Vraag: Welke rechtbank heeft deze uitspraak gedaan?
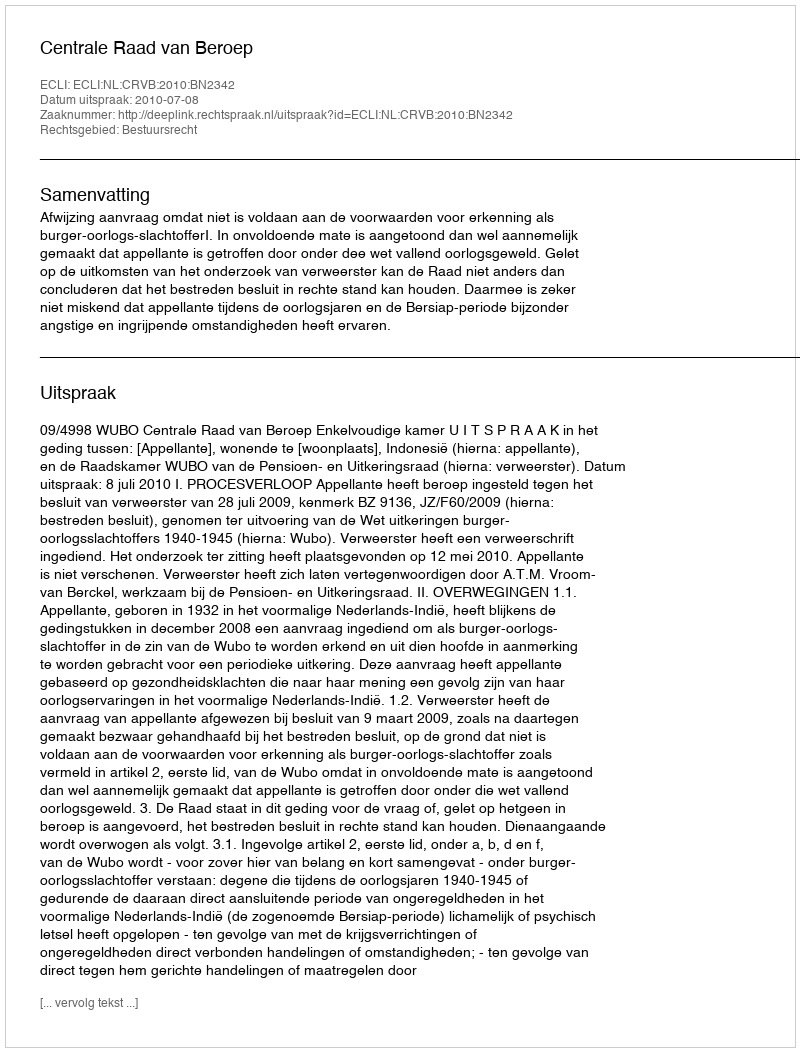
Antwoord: Centrale Raad van Beroep